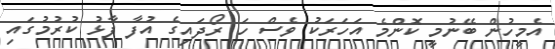
އެމީހުން ބޭނުމީ ކޮންމެ އަހަރަކު ވެސް ހަ ރޯދައިގެ އުފާ ފާޅު ކުރުމުގައި